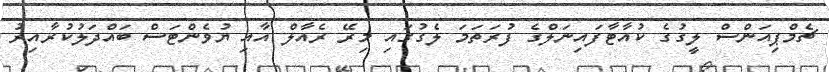
ޗެމްޕިއަންސް ލީގުގެ ކުއާޓާފައިނަލްގެ ފުރަތަމަ ލެގުގައި މިރޭ ރެއާލް އާއި ޔުވެންޓަސް ބައްދަލުކުރާއިރު